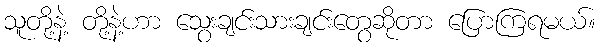
သူတို့နဲ့ တို့နဲ့ဟာ သွေးချင်းသားချင်းတွေဆိုတာ ပြောကြရမယ်။